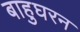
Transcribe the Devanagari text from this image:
बाहुघरन